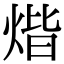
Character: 煯